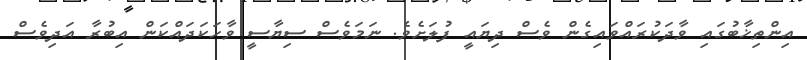
އިންތިޚާބުގައި ވާދަކުރައްވައިގެން ވެސް ދިޔައީ ފުލަށެވެ. ނަމަވެސް ސިޔާސީ ވާހަކަދައްކަން އިބުރާ އަދިވެސް